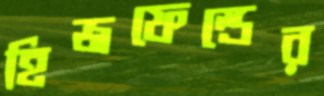
হিজফেল্ডের